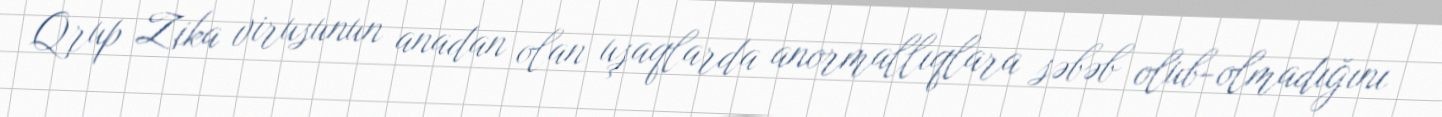
Qrup Zika virusunun anadan olan uşaqlarda anormallıqlara səbəb olub-olmadığını